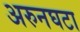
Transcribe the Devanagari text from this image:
अरुनघटा